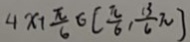
4 x _ { 1 } \frac { \pi } { 6 } \in [ \frac { \pi } { 6 } , \frac { 1 3 } { 6 } \pi ]